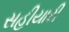
સહીયારી